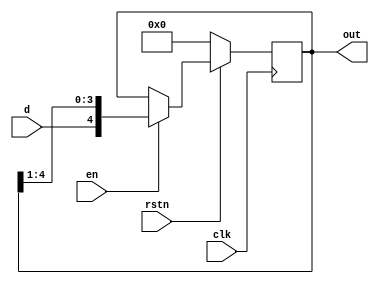
module shift_reg #(parameter MSB = 5) 
(
    input d, 
    input clk, 
    input en,
    input rstn, 
    output reg [MSB-1:0] out
);
    always @ (posedge clk)  
        if (!rstn)
            out <= 0;
        else begin
            if (!en)
                out <= out;
            else
                out <= {d, out[MSB-1:1]};
        end
endmodule